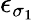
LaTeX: \epsilon_{\sigma_{1}}